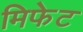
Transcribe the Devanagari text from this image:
मिफेट